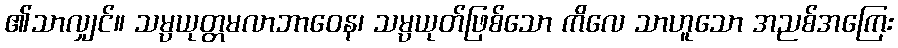
၏သာလျှင်။ သမ္ပယုတ္တမလာဘာဝေန၊ သမ္ပယုတ်ဖြစ်သော ကိလေ သာဟူသော အညစ်အကြေး